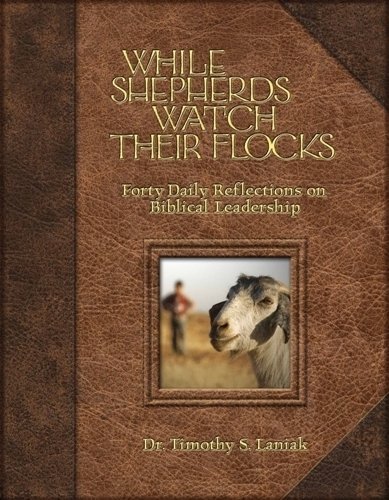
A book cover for While Shepherds Watch Their Flocks: Reflections on Biblical Leadership; Tim Laniak; Christian Books & Bibles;